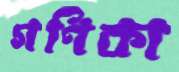
গণিকা